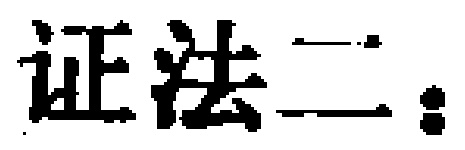
证法二：